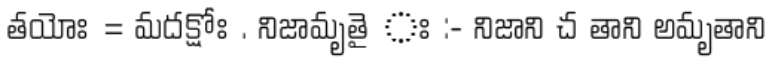
తయోః = మదక్షోః . నిజామృతై ః :- నిజాని చ తాని అమృతాని